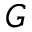
G